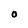
Character: O